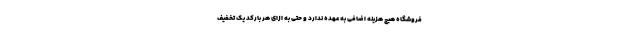
فروشگاه هیچ هزینه اضافی به عهده ندارد و حتی به ازای هر بارکد یک تخفیف